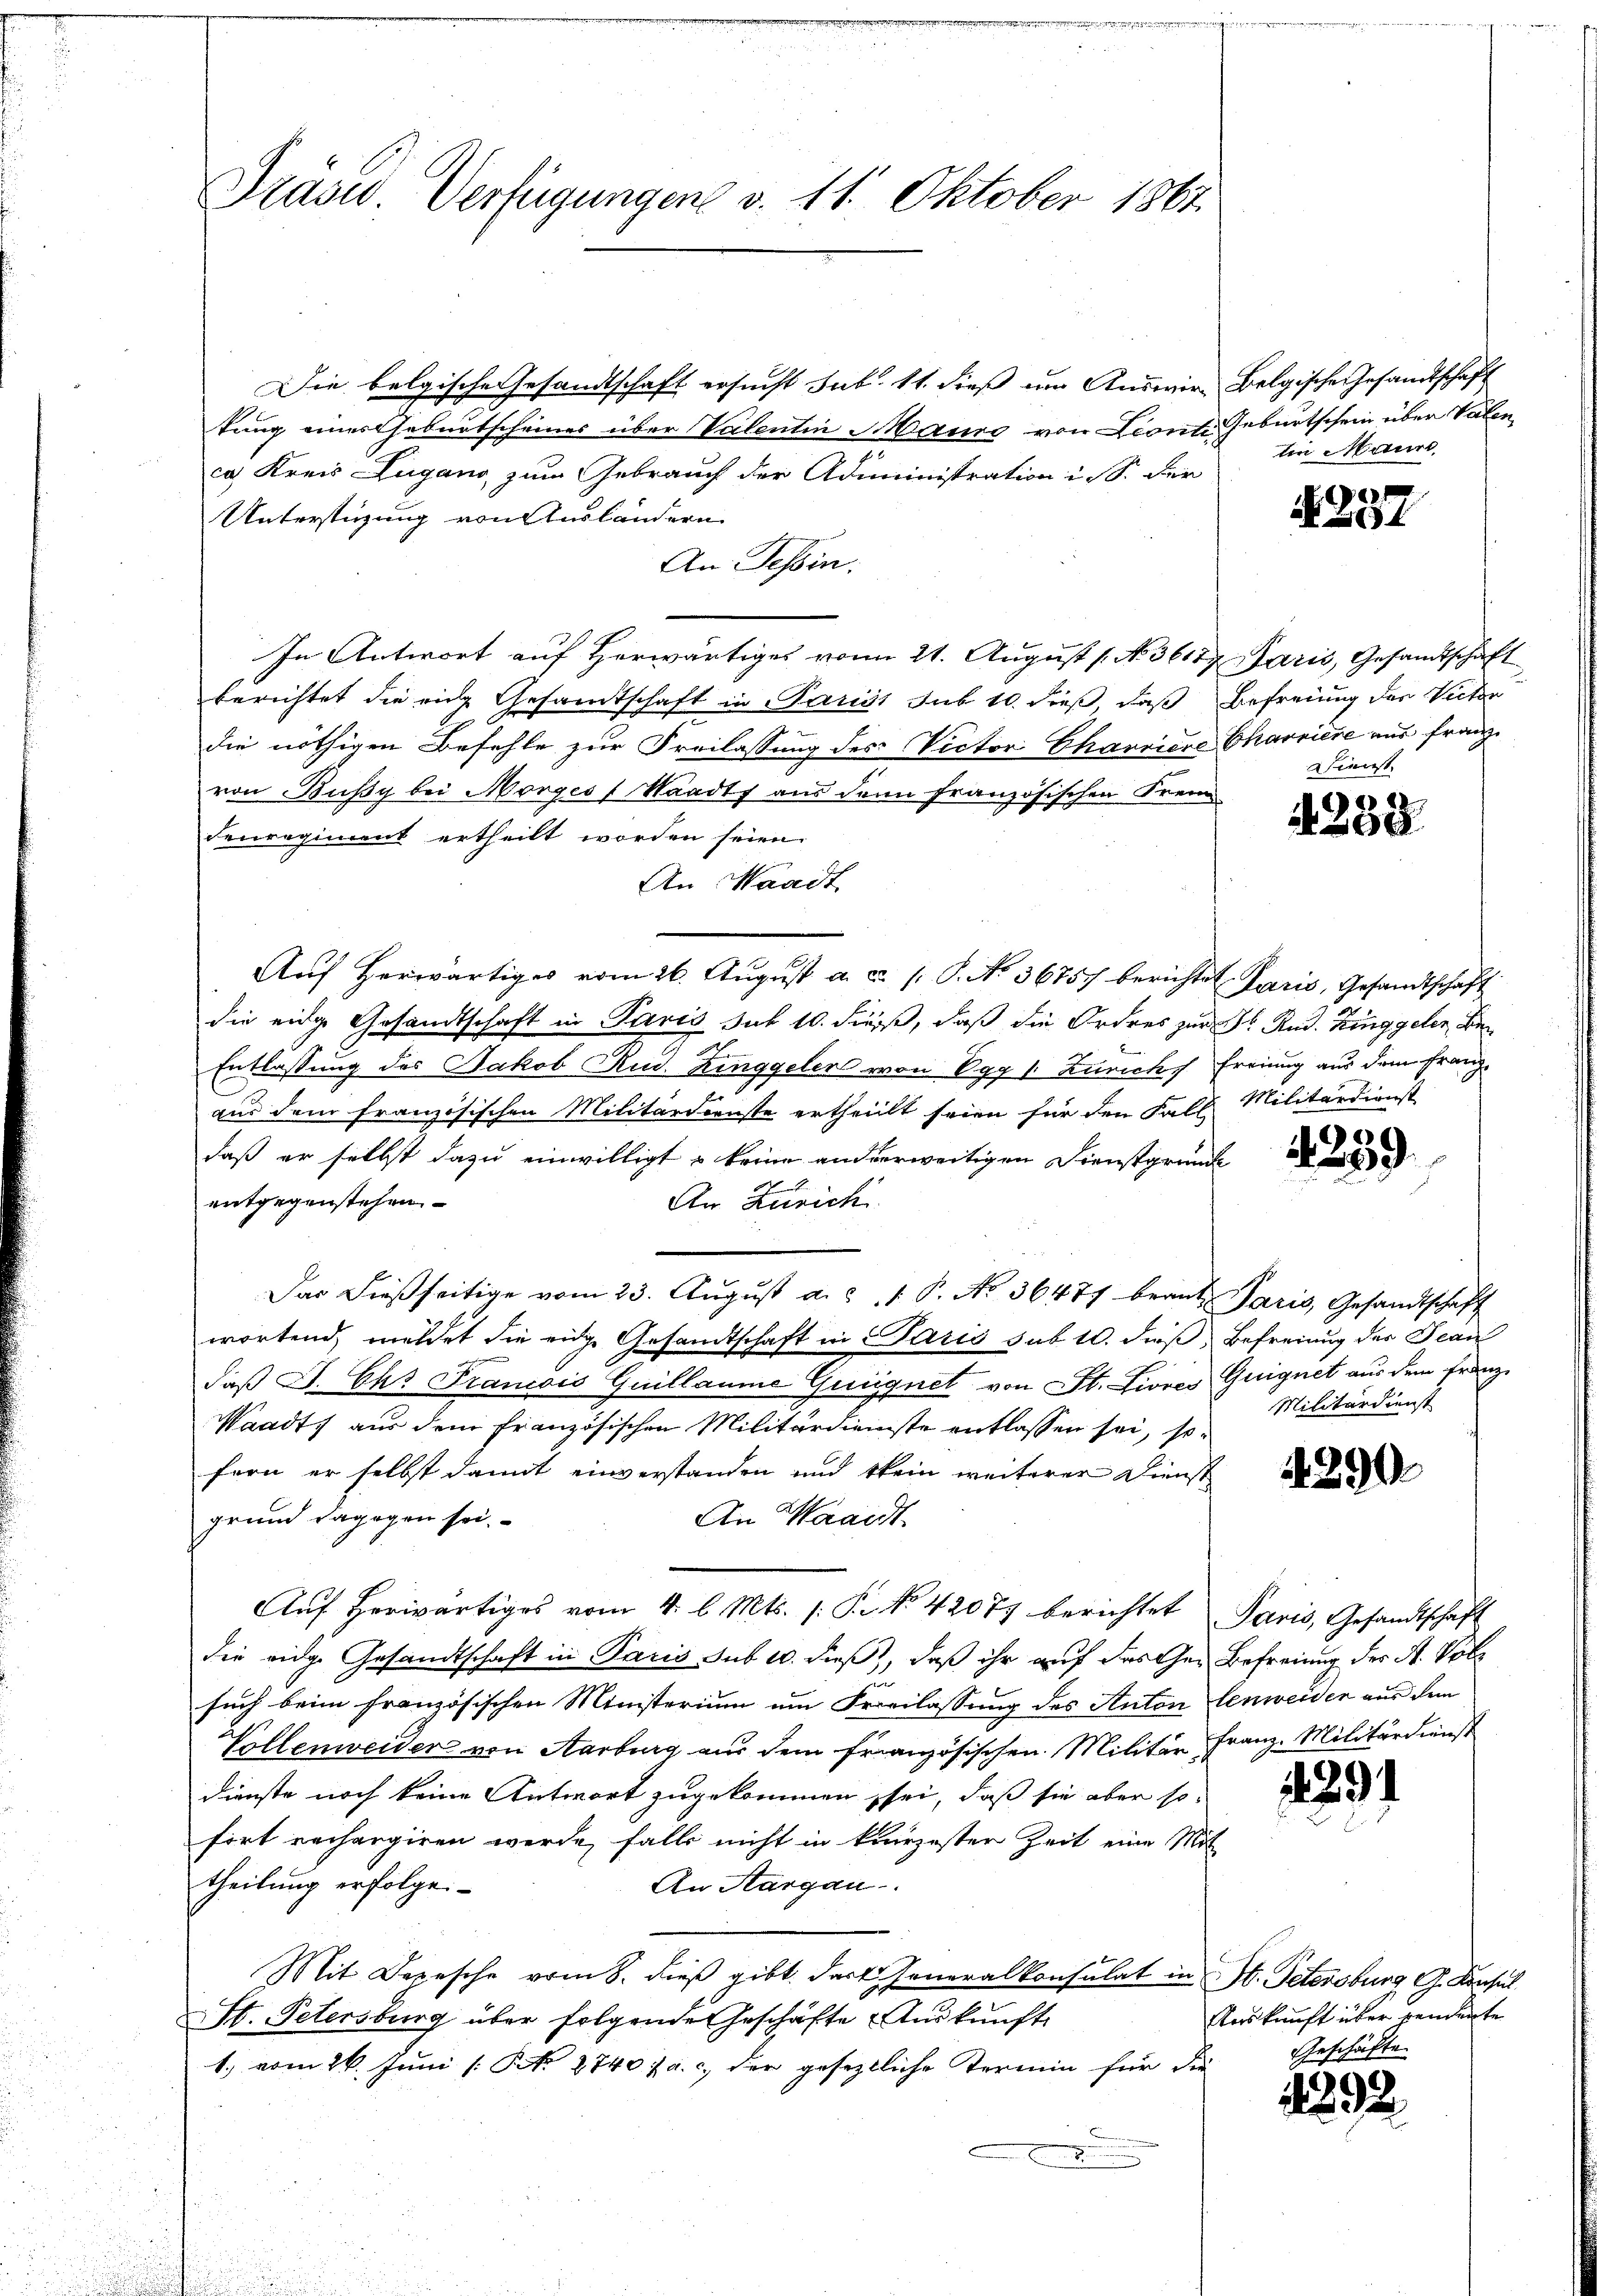
Prasw. Verfügungen v. 11. Oktober 1864.

Die belgische Gesandtschaft ersucht sub. 11. dieß um Auswir Belgische Gesandtschaft
tung einer Geburtscheines über Valentin Maure von Lionte Geburtschein über Valen
ca Kreis Zugano zum Gebrauch der Administration i S. fer
Unterstigung von Ausländern
An Tessin:
In Antwort auf Herwärtiges vom 21. August (No. 36177 Paris, Gesandtschaft
berichtet die eich Gesandtschaft in Parist sub 10 dieß, daß Befreiung der Victor
die nöthigen Befehle zur Freilassung des Victor Charniere Charriere aus franz
von Bußy bei Morges Waadt aus denn französischen Freun
Fenregiment ertheilt worden seien.
An Waadt
Aŭf herwärtiges vom 26. Aŭgŭst a. c. s. S. No. 36757 berichtet Paris, Gesandtschaft
die eidge Gesandtschaft in Paris sub 10. dieß, daß die Ordres zur Dr. Rud. Kinggelen Beg
Entlassung des Jakob Rud. Ringgeler von Egg 1. Zürich Freiung aus dem Franzaus dem französischen Militärdienste ertheilt seien für den Fall Militärdienst
daß er selbst dazu einwilligt & keine anderweitigen Dienstgründe
entgegenstehen
An Zürich
Das dießseitige vom 23. August ad 1. P. No. 36477 beant. Paris, Gesandtschaft
wortend, meldet die eine Gesandtschaft in Paris sub 10. dieß, Befreiung der Jean
daß J. Chr. Francois Guillaume Gueignet von St. Livres Guignet aus dem Franz
Waadt, aus dem französischen Militärdienste entlassen sei, sofern er selbst damit einverstanden und kein weiterer Dienst
grund dagegen sei.
An Waadt
Auf herwärtiges vom 4. l. Mts. /: P. No. 42077 berichtet Paris, Gesandtschaft
die eidge Gesandtschaft in Paris sub 10. dieß, daß ihr auf das Ge- Befreiung des St. Volsuch beim französischen Ministerium um Freilassung des Anton lenweiden aus dem
Vollenweider von Aarburg aus dem französischen Militär, Franz. Militärdienst
Dienste noch keine Antwort zugekommen sei, daß sie aber so
fort rechargiren werde, falls nicht in kurzester Zeit eine Mit
theilung erfolge.
An Aargau.
Mit Depesche vom 8. dieß gibt. dort Generalkonsulat in St. Petersburg G. Konsul
St. Petersburg über folgende Geschäfte Aŭskŭnft
1.) vom 26. Juni / NNo. 8740 u. a. c. der geseztliche Termin für die
.

lin Maure

82. 1
684

Dienst.

4239

4239

Militärdienst

4290

1291

Auskunft über venderte
Geschäfte.

292